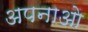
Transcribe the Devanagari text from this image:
अपनाओ